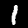
Digit: 1